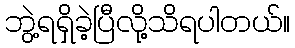
ဘွဲ့ရရှိခဲ့ပြီလို့သိရပါတယ်။